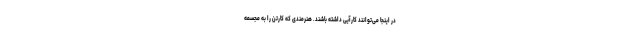
در اینجا می‌توانند کارآیی داشته باشند. هنرمندی که کارتن را به مجسمه